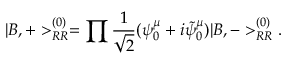
| B , + > _ { R R } ^ { ( 0 ) } = \prod \frac { 1 } { \sqrt { 2 } } ( \psi _ { 0 } ^ { \mu } + i \tilde { \psi } _ { 0 } ^ { \mu } ) | B , - > _ { R R } ^ { ( 0 ) } .